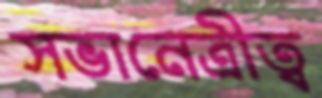
সভানেত্রীত্ব